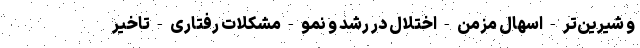
و شیرین‌تر - اسهال مزمن - اختلال در رشد و نمو - مشکلات رفتاری - تاخیر